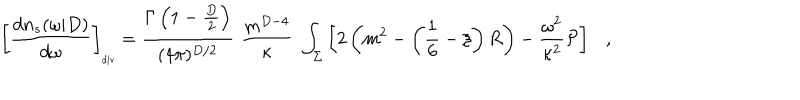
LaTeX: \left[ { \frac { d n _ { s } ( \omega | D ) } { d \omega } } \right] _ { \tiny \mathrm { d i v } } = { \frac { \Gamma \left( 1 - \frac D 2 \right) } { ( 4 \pi ) ^ { D / 2 } } } \, \, { \frac { m ^ { D - 4 } } { \kappa } } \, \, \int _ { \Sigma } \left[ 2 \left( m ^ { 2 } - \left( \frac 1 6 - \xi \right) R \right) - { \frac { \omega ^ { 2 } } { \kappa ^ { 2 } } } { \cal P } \right] ,